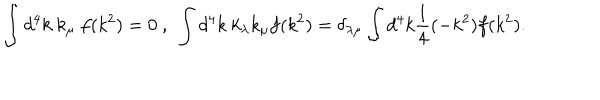
\int d ^ { 4 } k \ k _ { \mu } \ f ( k ^ { 2 } ) = 0 \ , \ \int d ^ { 4 } k \ k _ { \lambda } k _ { \mu } f ( k ^ { 2 } ) = \delta _ { \lambda \mu } \int d ^ { 4 } k \frac { 1 } { 4 } ( - k ^ { 2 } ) f ( k ^ { 2 } ) .